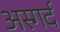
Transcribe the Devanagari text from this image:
अस्गर्द